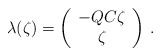
\begin{align*}\lambda (\zeta ) = \left( \begin{array}{c} -QC\zeta\\ \zeta \end{array} \right) \, .\end{align*}